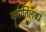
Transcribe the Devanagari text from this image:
ख्‍यातिलब्‍ध